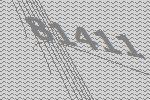
81411